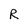
Character: R